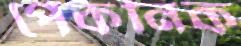
পেকনিক